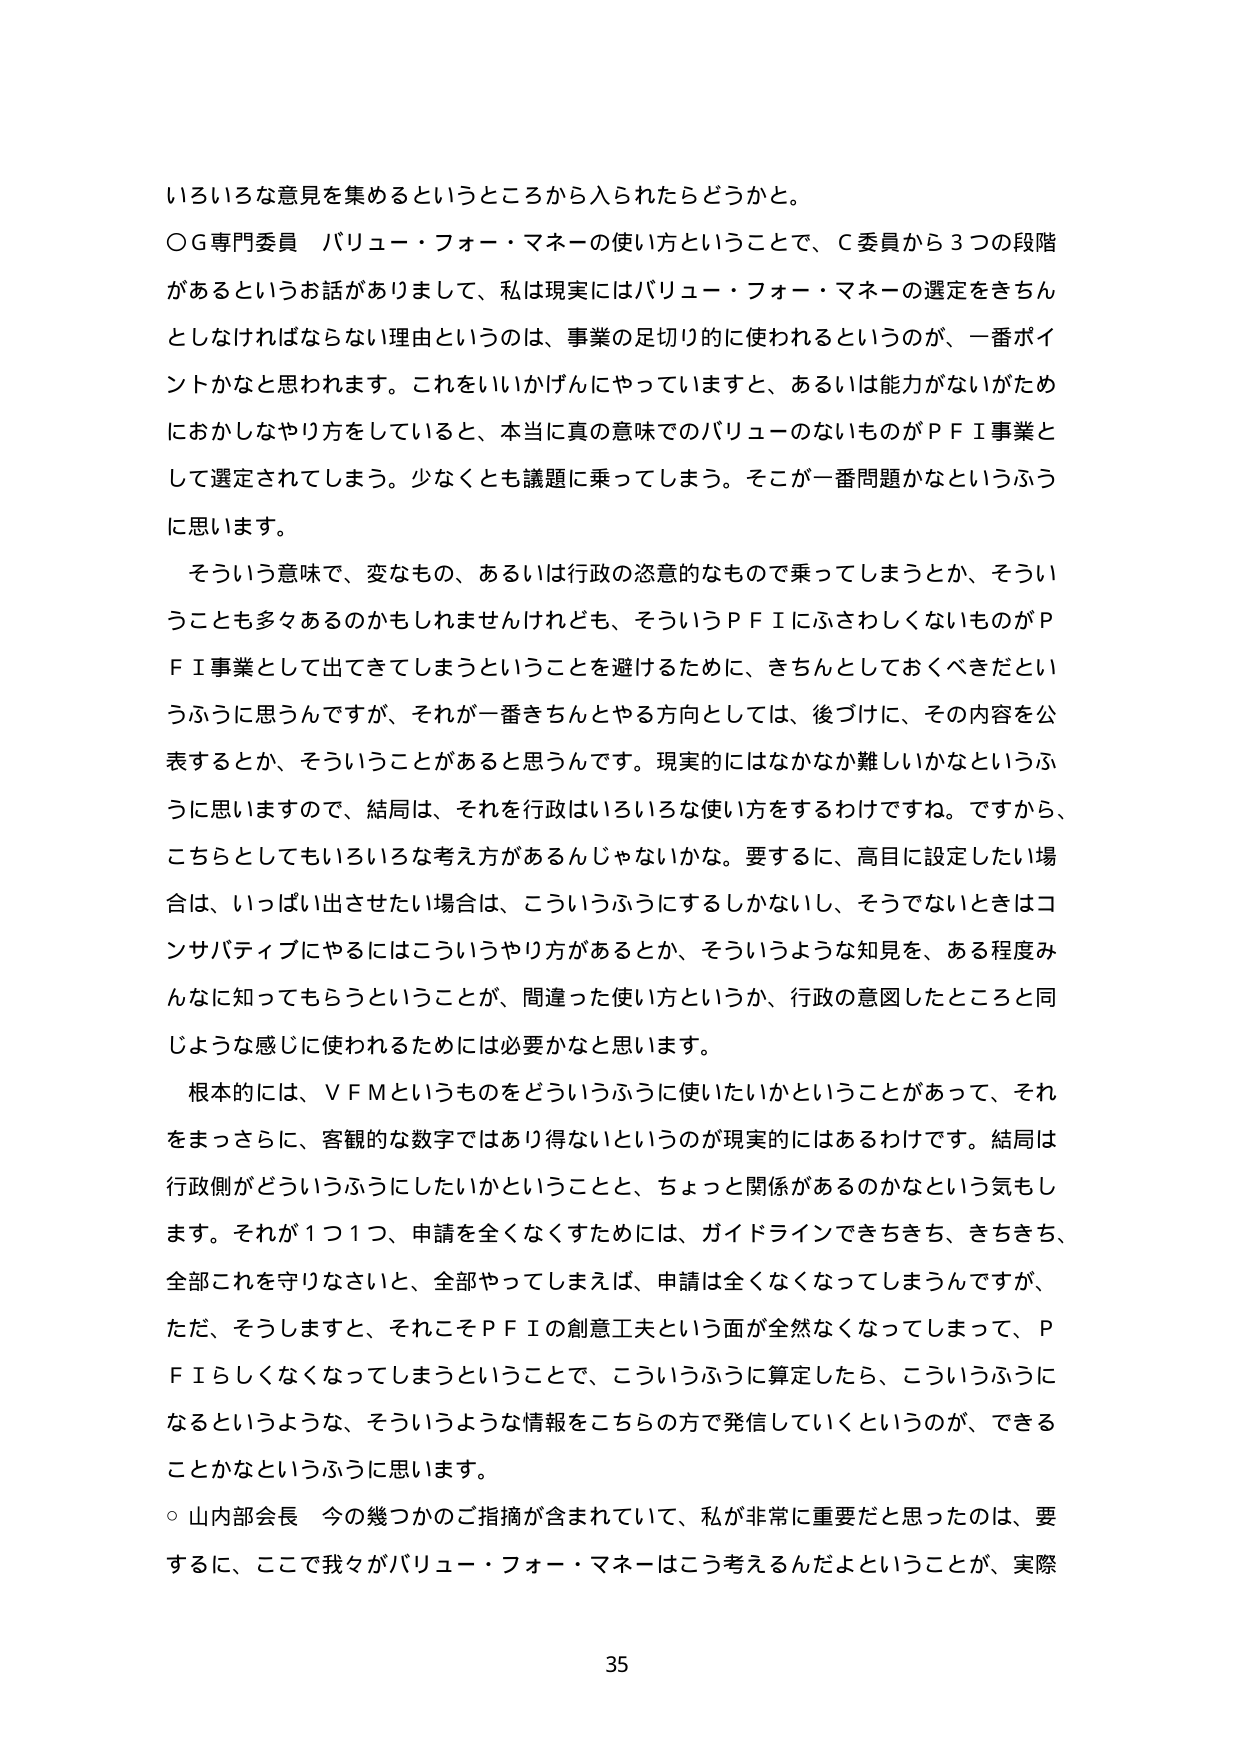
いろいろな意見を集めるというところから入られたらどうかと。

○Ｇ専門委員 バリュー・フォー・マネーの使い方ということで、Ｃ委員から３つの段階があるというお話がありまして、私は現実にはバリュー・フォー・マネーの選定をきちんとしたなければならない理由というのは、事業の足切り的に使われるというのが、一番ポイントかなと思われます。これをいいかげんにやっていますと、あるいは能力がないがためにおかしなやり方をしていると、本当に真の意味でのバリューのないものがＰＦＩ事業として選定されてしまう。少なくとも議題に乗ってしまう。そこが一番問題かなというふうに思います。

そういう意味で、変なもの、あるいは行政の恣意的なもので乗ってしまうとか、そういうことも多々あるかもしれませんけれども、そういうＰＦＩにふさわしくないものがＰＦＩ事業として出てきてしまうということを避けるために、きちんとしておくべきだというふうに思うんですが、それが一番きちんとやる方向としては、後づけに、その内容を公表するとか、そういうことがあると思うんです。現実的にはなかなか難しいかなというふうに思いますので、結局は、それを行政はいろいろな使い方をするわけです。ですから、こちらとしてもいろいろな考え方があるんじゃないかな。要するに、高目に設定したい場合は、いっぱい出させたい場合は、こういうふうにするしかないし、そうでないときはコンサバティブにやるにはこういうやり方があるとか、そういうような知見を、ある程度みんなに知ってもらうということが、間違った使い方というか、行政の意図したところと同じような感じに使われるためには必要かなと思います。

根本的には、ＶＦＭというものをどういうふうに使いたいかということがあって、それをまっさに、客観的な数字ではあり得ないというのが現実的にはあるわけです。結局は行政側がどういうふうにしたいかということと、ちょっと関係があるのかなという気もします。それが１つ１つ、申請を全くなくすためには、ガイドラインできちきち、きちきち、全部これを守りなさいと、全部やってしまえば、申請は全くなくなってしまうんですが、ただ、そうしますと、それこそＰＦＩの創意工夫という面が全然なくなってしまって、ＰＦＩらしくなくなってしまうということで、こういうふうに算定したら、こういうふうになるというような、そういうような情報をこちらの方で発信していくというのが、できることかなというふうに思います。

○山内部会長 今の幾つかのご指摘が含まれていて、私が非常に重要だと思ったのは、要するに、ここで我々がバリュー・フォー・マネーはこう考えるんだよということが、実際

35